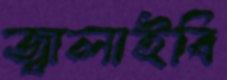
জ্বালাইবি